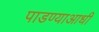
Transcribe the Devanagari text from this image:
पाडण्याआधी